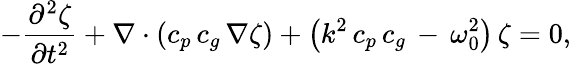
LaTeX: -{\frac{\partial^{2}\zeta}{\partial{t^{2}}}}+\nabla\cdot\left(c_{p}\, c_{g}\, \nabla\zeta\right)+\left(k^{2}\, c_{p}\, c_{g}\, -\, \omega_{0}^{2}\right)\, \zeta=0,